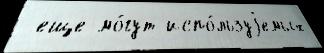
 еще мо́гут испо́льзуjемых